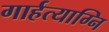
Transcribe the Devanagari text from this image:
गार्हत्याग्नि